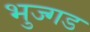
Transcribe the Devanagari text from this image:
भुज्गड